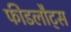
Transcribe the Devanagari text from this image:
फीडलौट्स